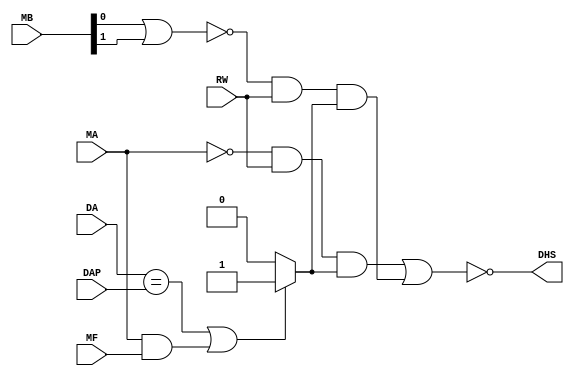
`timescale 1ns / 1ps
//////////////////////////////////////////////////////////////////////////////////
// Company: 
// Engineer: 
// 
// Design Name: 
// Module Name: dataHazardStall
// Project Name: 
// Target Devices: 
// Tool Versions: 
// Description: 
// 
// Dependencies: 
// 
// Revision:
// Revision 0.01 - File Created
// Additional Comments:
// 
//////////////////////////////////////////////////////////////////////////////////


module dataHazardStall(
    input RW,DA,DAP,MF,
    input [1:0] MB,
    input MA,
    output DHS
    );
    
    reg compA;
    reg ha;
    reg hb;
    reg tempDHS;
    
    always @ (*)
    begin
        if(DA == DAP | (MA==1&&MF==1)) compA = 1;
        else compA = 0;
        ha = ~MA & RW & compA;
        hb = ~(MB[0]|MB[1]) & RW & compA;
        tempDHS = ~(ha|hb);
    end
    assign DHS = tempDHS;
endmodule